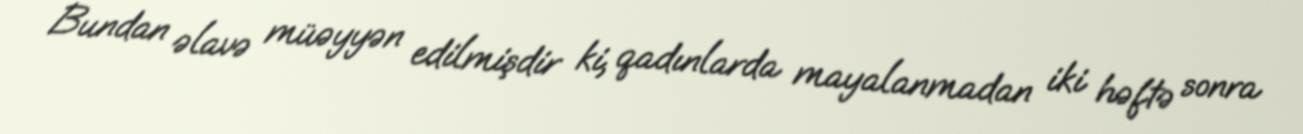
Bundan əlavə müəyyən edilmişdir ki, qadınlarda mayalanmadan iki həftə sonra